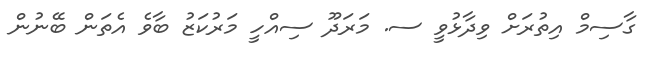
ގާސިމް އިތުރަށް ވިދާޅުވީ ސ. މަރަދޫ ސިއްހީ މަރުކަޒު ބާވެ އެތަން ބޭނުން